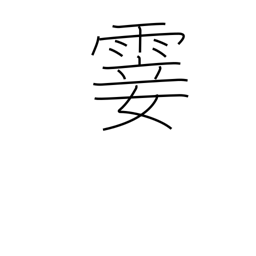
Meaning: light rain